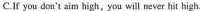
C. If you don't aim high,you will mever hit high.